kultuurilooline_kollektsioon, lk 20
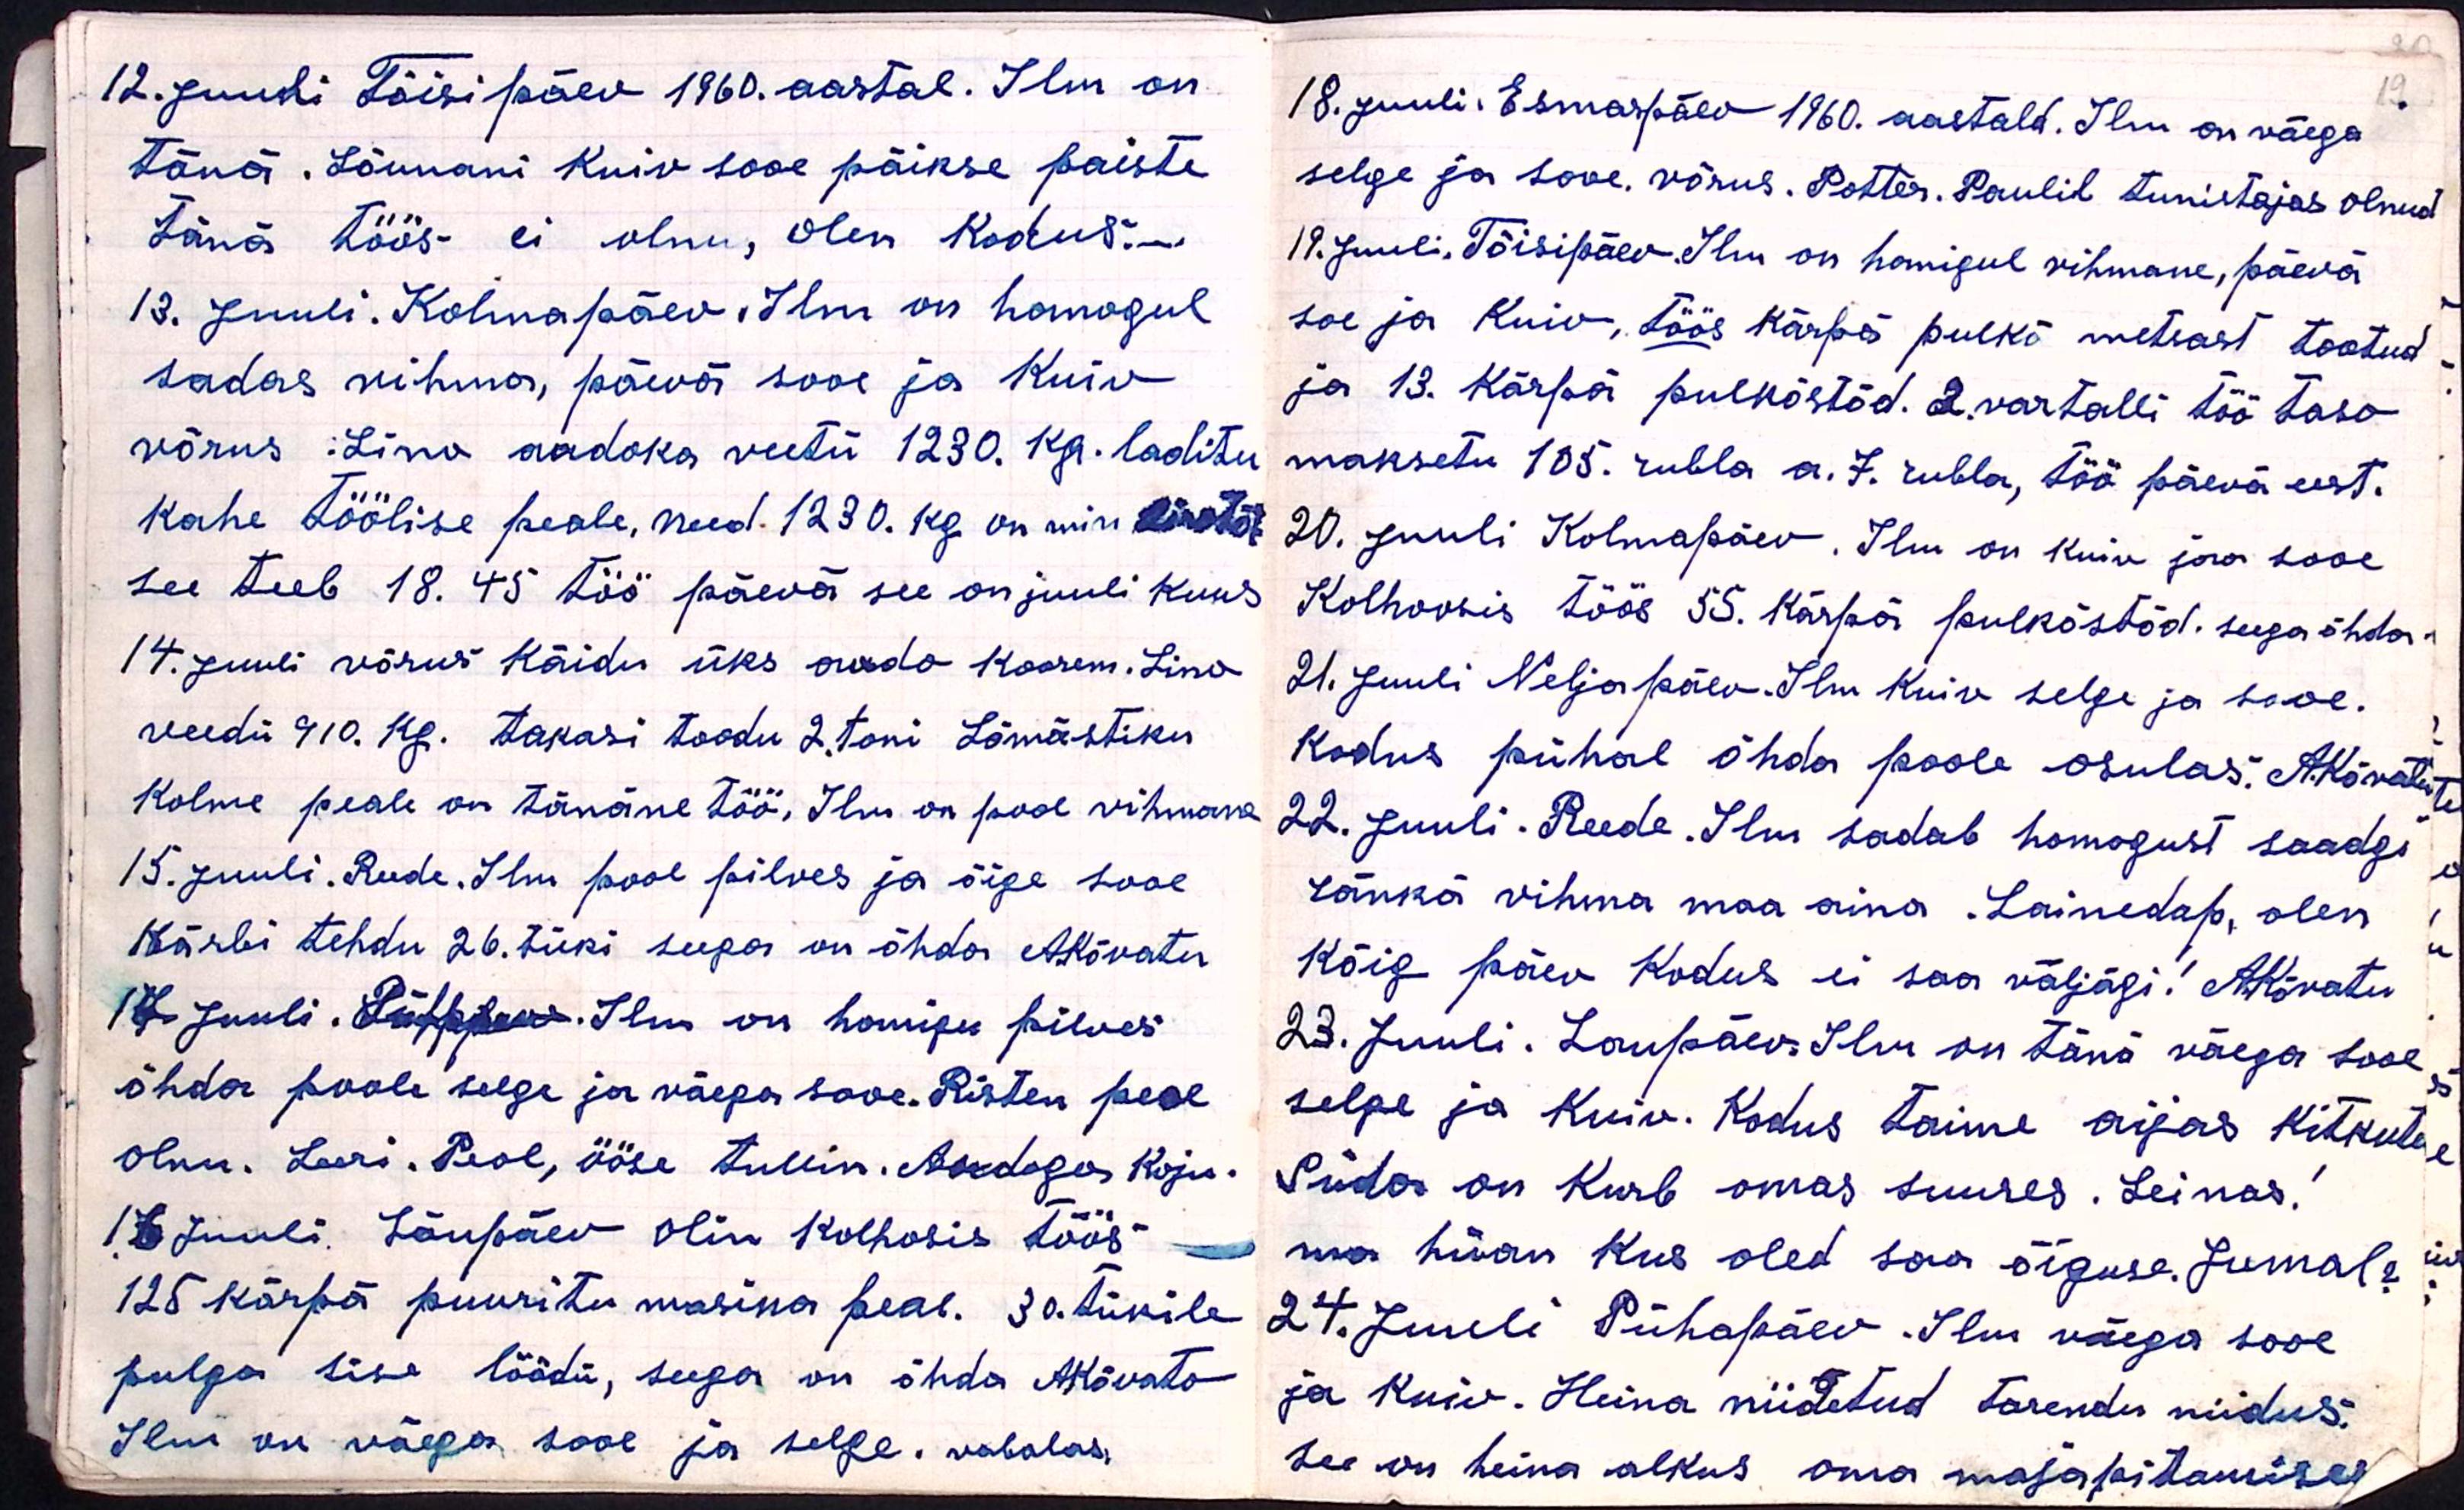
12. Juuli Tõisipäev 1960. aastal. Ilm on
tänä. Lõunani Kuiv sooe päikse paiste
tänä töös ei olnu, olen kodus.
13. Juuli. Kolmapäev. Ilm on homogul
sadas vihma, päevä sooe ja kuiv
võrus: Lino audoka veetü 1230. kg. laditu
kahe töölise peale, need. 1230. kg on min linatõt
see teeb 18.45 töö päevä see on juuli kuus
14. juuli võrus käidu üks audo koorem. Lino
veedü 910. kg. tagasi toodu 2. toni Lömästiku
Kolme peale on tänane töö, Ilm on pool vihmane
15. Juuli. Reede. Ilm pool pilves ja õige sooe
Kärbi tehdu 26. tüki seega on õhda AKõvatu
17 juuli. Pühapäev. Ilm on homigu pilves
õhda poole selge ja väega sooe. Risten peol
olnu. Leeri. Peol, ööse tullin. Audoga koju.
17 Juuli, Laupäev olin kolhoosis töös
125 kärpä puuritu masina peal. 30. tükile
pulga sise löödü, seega on õhda AKõvato
Ilm on väega sooe ja selge. vabalas

18. Juuli. Esmaspäev 1960. aastald. Ilm on väega
19
selge ja sooe. võrus. Potter. Paulil tunistajas olnud
19. juuli, Tõisipäev. Ilm on homigul vihmane, päeva
soe ja kuiv, töös kärpä pulkõ metsast tootud
ja 13. Kärpa pulköstöd. 2. vartalli töö taso
maksetu 105 rubla a. 7. rubla, töö päeva eest.
20. Juuli Kolmapäev. Ilm on kuiv jaa sooe
Kolhoosis töös 55. kärpä pulkõstõd seega õhda
21. Juuli Neljapäev. Ilm Kuiv selge ja sooe.
Kodus pühal õhda poole osulas. AKõvatu
22. Juuli. Reede. Ilm sadab homogust saadgi
ränkä vihma maa aina. Lainedap, olen
Kõig päev kodus ei saa väljägi! AKõvatu
23. Juuli. Laupäev. Ilm on täna väega sooe
selge ja Kuiv. Kodus taime aijas kitkutu
Süda on Kurb omas suures. Leinas!
ma hüan kus oled saa õiguse. Jumal?
24. Juuli Pühapäev. Ilm väega sooe
ja kuiv. Heina niidetud tarendu niidus.
See on heina alkus oma majapitamises